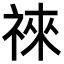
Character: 𥚒